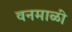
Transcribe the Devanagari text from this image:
वनमाळी